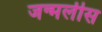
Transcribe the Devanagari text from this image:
जन्मलीस